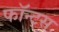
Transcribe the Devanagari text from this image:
फॉन्‍ट्स